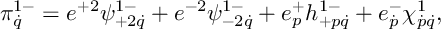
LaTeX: \pi _ { \dot { q } } ^ { 1 - } = e ^ { + 2 } \psi _ { + 2 \dot { q } } ^ { 1 - } + e ^ { - 2 } \psi _ { - 2 \dot { q } } ^ { 1 - } + e _ { p } ^ { + } h _ { + p \dot { q } } ^ { 1 - } + e _ { \dot { p } } ^ { - } \chi _ { \dot { p } \dot { q } } ^ { 1 } ,